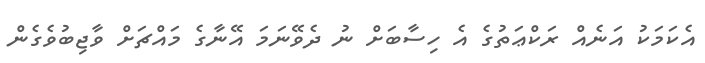
އެކަމަކު އަނެއް ރަކްޢަތުގެ އެ ހިސާބަށް ނު ދެވޭނަމަ އޭނާގެ މައްޗަށް ވާޖިބުވެގެން